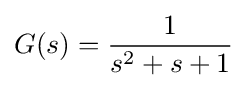
G(s)={\frac {1}{s^{2}+s+1}}